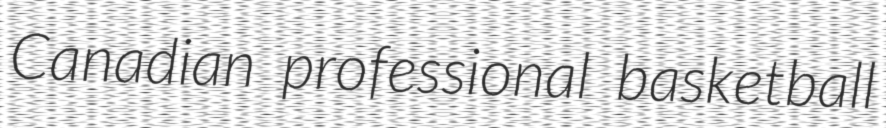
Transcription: Canadian professional basketball